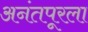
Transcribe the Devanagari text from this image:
अनंतपूरला